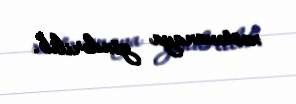
xəstəxanaya göndərilib.